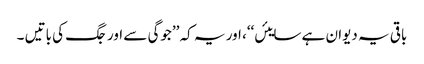
باقی یہ دیوان ہے سایئں‘‘، اور یہ کہ ’’جوگی سے اور جگ کی باتیں ۔